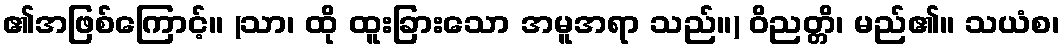
၏အဖြစ်ကြောင့်။ (သာ၊ ထို ထူးခြားသော အမူအရာ သည်။) ဝိညတ္တိ၊ မည်၏။ သယံစ၊